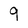
Character: 9